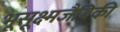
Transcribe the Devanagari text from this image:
भूसूक्ष्मजैविकी